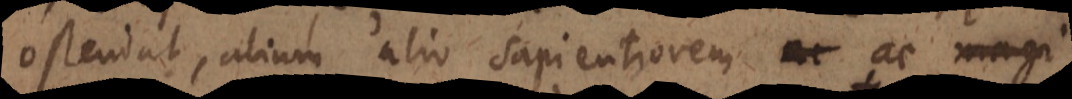
ostendat, alium alio sapientiorem ac magi